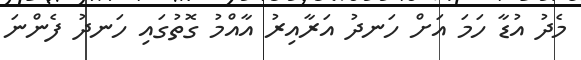
މެދު އުޑާ ހަމަ އަށް ހަނދު އަރާއިރު އާއްމު ގޮތުގައި ހަނދު ފެންނަ